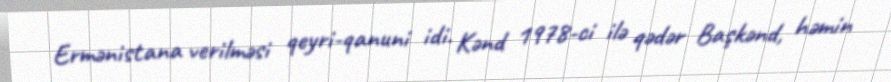
Ermənistana verilməsi qeyri-qanuni idi. Kənd 1978-ci ilə qədər Başkənd, həmin